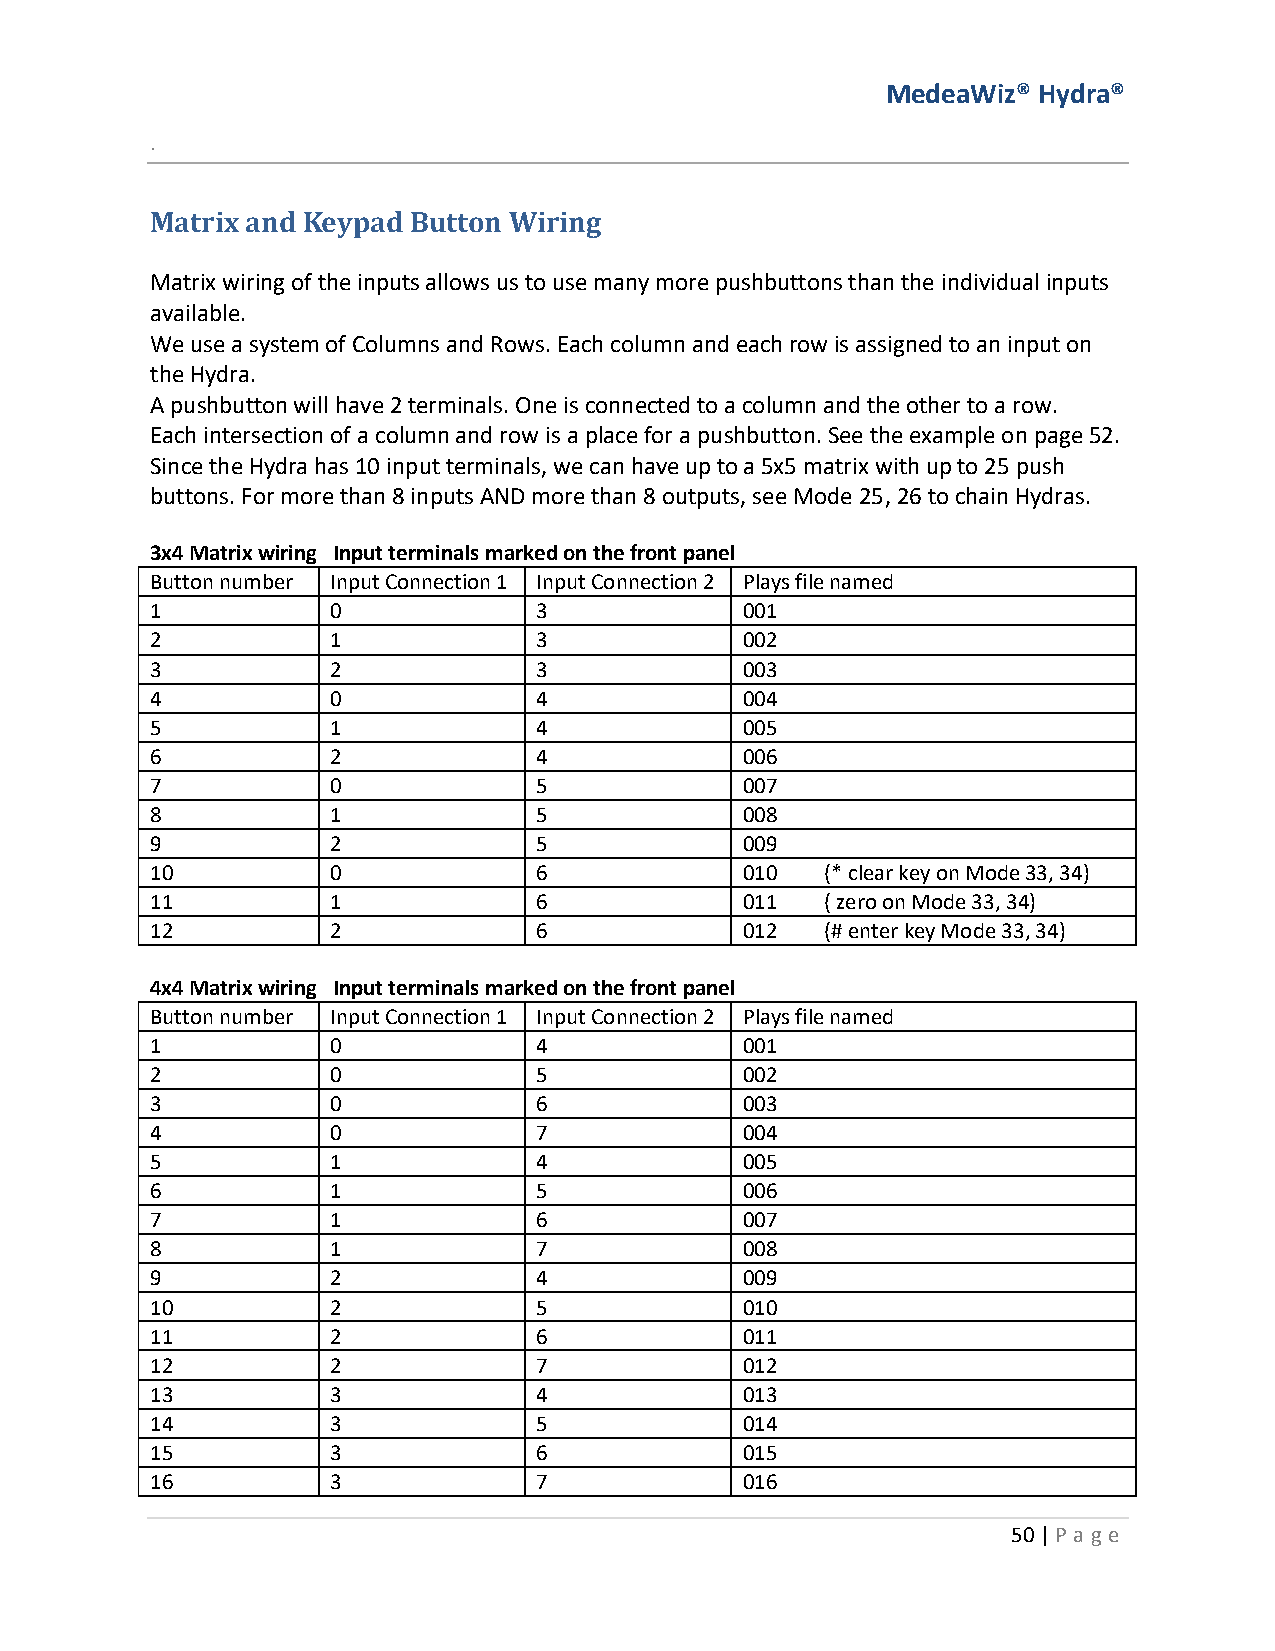
MedeaWiz® Hydra®
 .
 Matrix and Keypad Button Wiring
 Matrix wiring of the inputs allows us to use many more pushbuttons than the individual inputs
 available.
 We use a system of Columns and Rows. Each column and each row is assigned to an input on
 the Hydra.
 A pushbutton will have 2 terminals. One is connected to a column and the other to a row.
 Each intersection of a column and row is a place for a pushbutton. See the example on page 52.
 Since the Hydra has 10 input terminals, we can have up to a 5x5 matrix with up to 25 push
 buttons. For more than 8 inputs AND more than 8 outputs, see Mode 25, 26 to chain Hydras.
 3x4 Matrix wiring Input terminals marked on the front panel
 Button number Input Connection 1 Input Connection 2 Plays file named
 1           0             3            001
 2           1             3            002
 3           2             3            003
 4           0             4            004
 5           1             4            005
 6           2             4            006
 7           0             5            007
 8           1             5            008
 9           2             5            009
 10          0             6            010   (* clear key on Mode 33, 34)
 11          1             6            011   ( zero on Mode 33, 34)
 12          2             6            012   (# enter key Mode 33, 34)
 4x4 Matrix wiring Input terminals marked on the front panel
 Button number Input Connection 1 Input Connection 2 Plays file named
 1           0             4            001
 2           0             5            002
 3           0             6            003
 4           0             7            004
 5           1             4            005
 6           1             5            006
 7           1             6            007
 8           1             7            008
 9           2             4            009
 10          2             5            010
 11          2             6            011
 12          2             7            012
 13          3             4            013
 14          3             5            014
 15          3             6            015
 16          3             7            016
 50 | P age